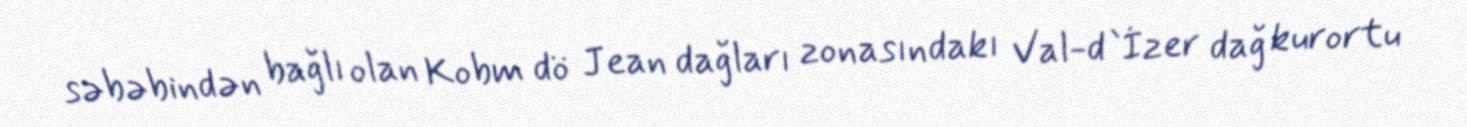
səbəbindən bağlı olan Kobm dö Jean dağları zonasındakı Val-d`İzer dağ kurortu